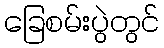
ခြေစမ်းပွဲတွင်